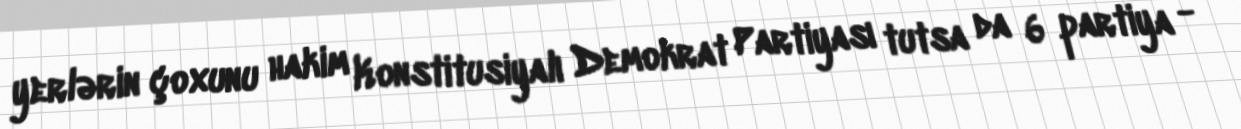
yerlərin çoxunu hakim Konstitusiyalı Demokrat Partiyası tutsa da 6 partiya -